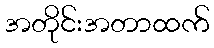
အတိုင်းအတာထက်